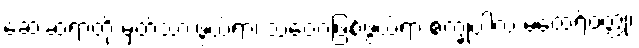
ဆေးဆရာတို့ မှတ်သားဖွယ်ရာ၊ သံဝေဂဖြစ်ဖွယ်ရာ စက္ခုပါလ မထေရ်ဝတ္ထု၊